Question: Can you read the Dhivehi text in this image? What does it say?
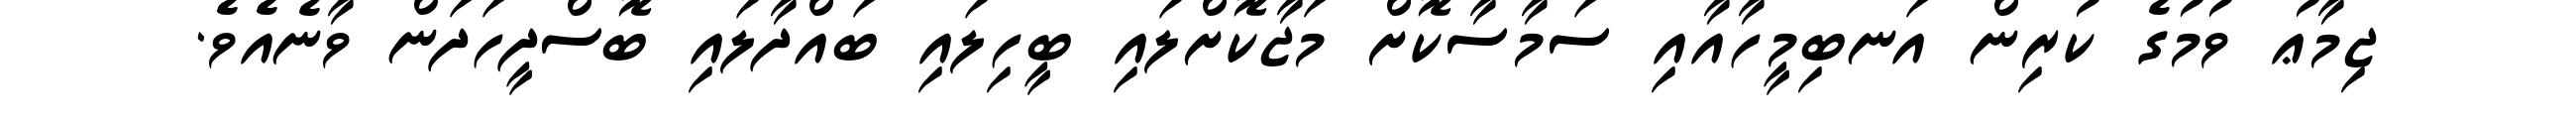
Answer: ޖިމާޢު ވުމުގެ ކުރިން އަނބިމީހާއާއި ސަމާސާކޮށް މަޖާކޮށްލައި ބީހިލައި ބައްދާލައި ބޮސްދީހަދަން ވާނެއެވެ.